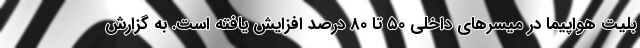
بلیت هواپیما در میسرهای داخلی ۵۰ تا ۸۰ درصد افزایش یافته است. به گزارش